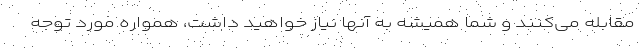
مقابله می‌کنند و شما همیشه به آنها نیاز خواهید داشت، همواره مورد توجه